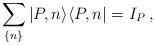
LaTeX: \begin{align*}\sum_{\{n\}}|P,n\rangle\langle P,n|=I_{P}\:,\end{align*}